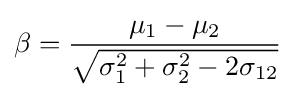
\beta ={\frac {\mu _{1}-\mu _{2}}{\sqrt {\sigma _{1}^{2}+\sigma _{2}^{2}-2\sigma _{12}}}}